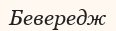
Бевередж